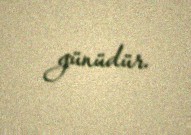
günüdür.